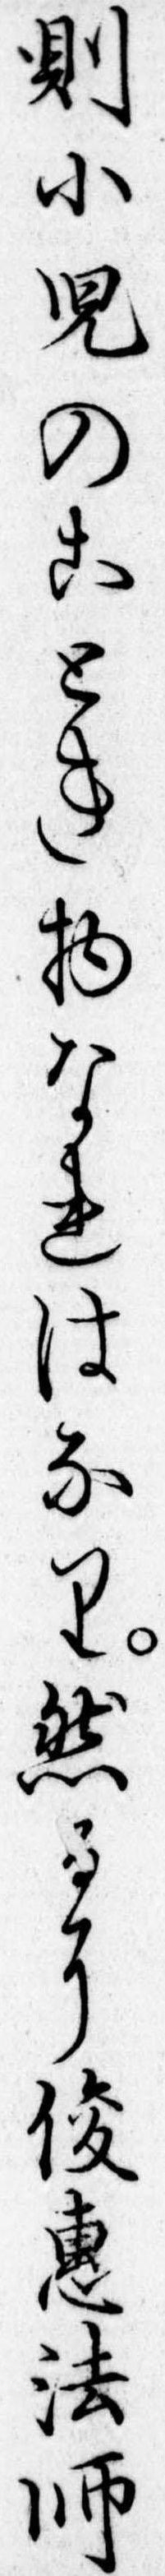
則小児のことき物なれはなり然るに俊恵法師